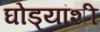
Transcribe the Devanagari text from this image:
घोड्यांशी